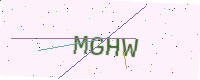
Text: MGHW